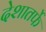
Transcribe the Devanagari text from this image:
देशातर्फे